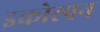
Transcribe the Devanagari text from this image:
इकोस्पन